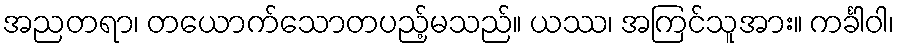
အညတရာ၊ တယောက်သောတပည့်မသည်။ ယဿ၊ အကြင်သူအား။ ကင်္ခါဝါ၊